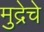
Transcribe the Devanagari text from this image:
मुद्रेचे